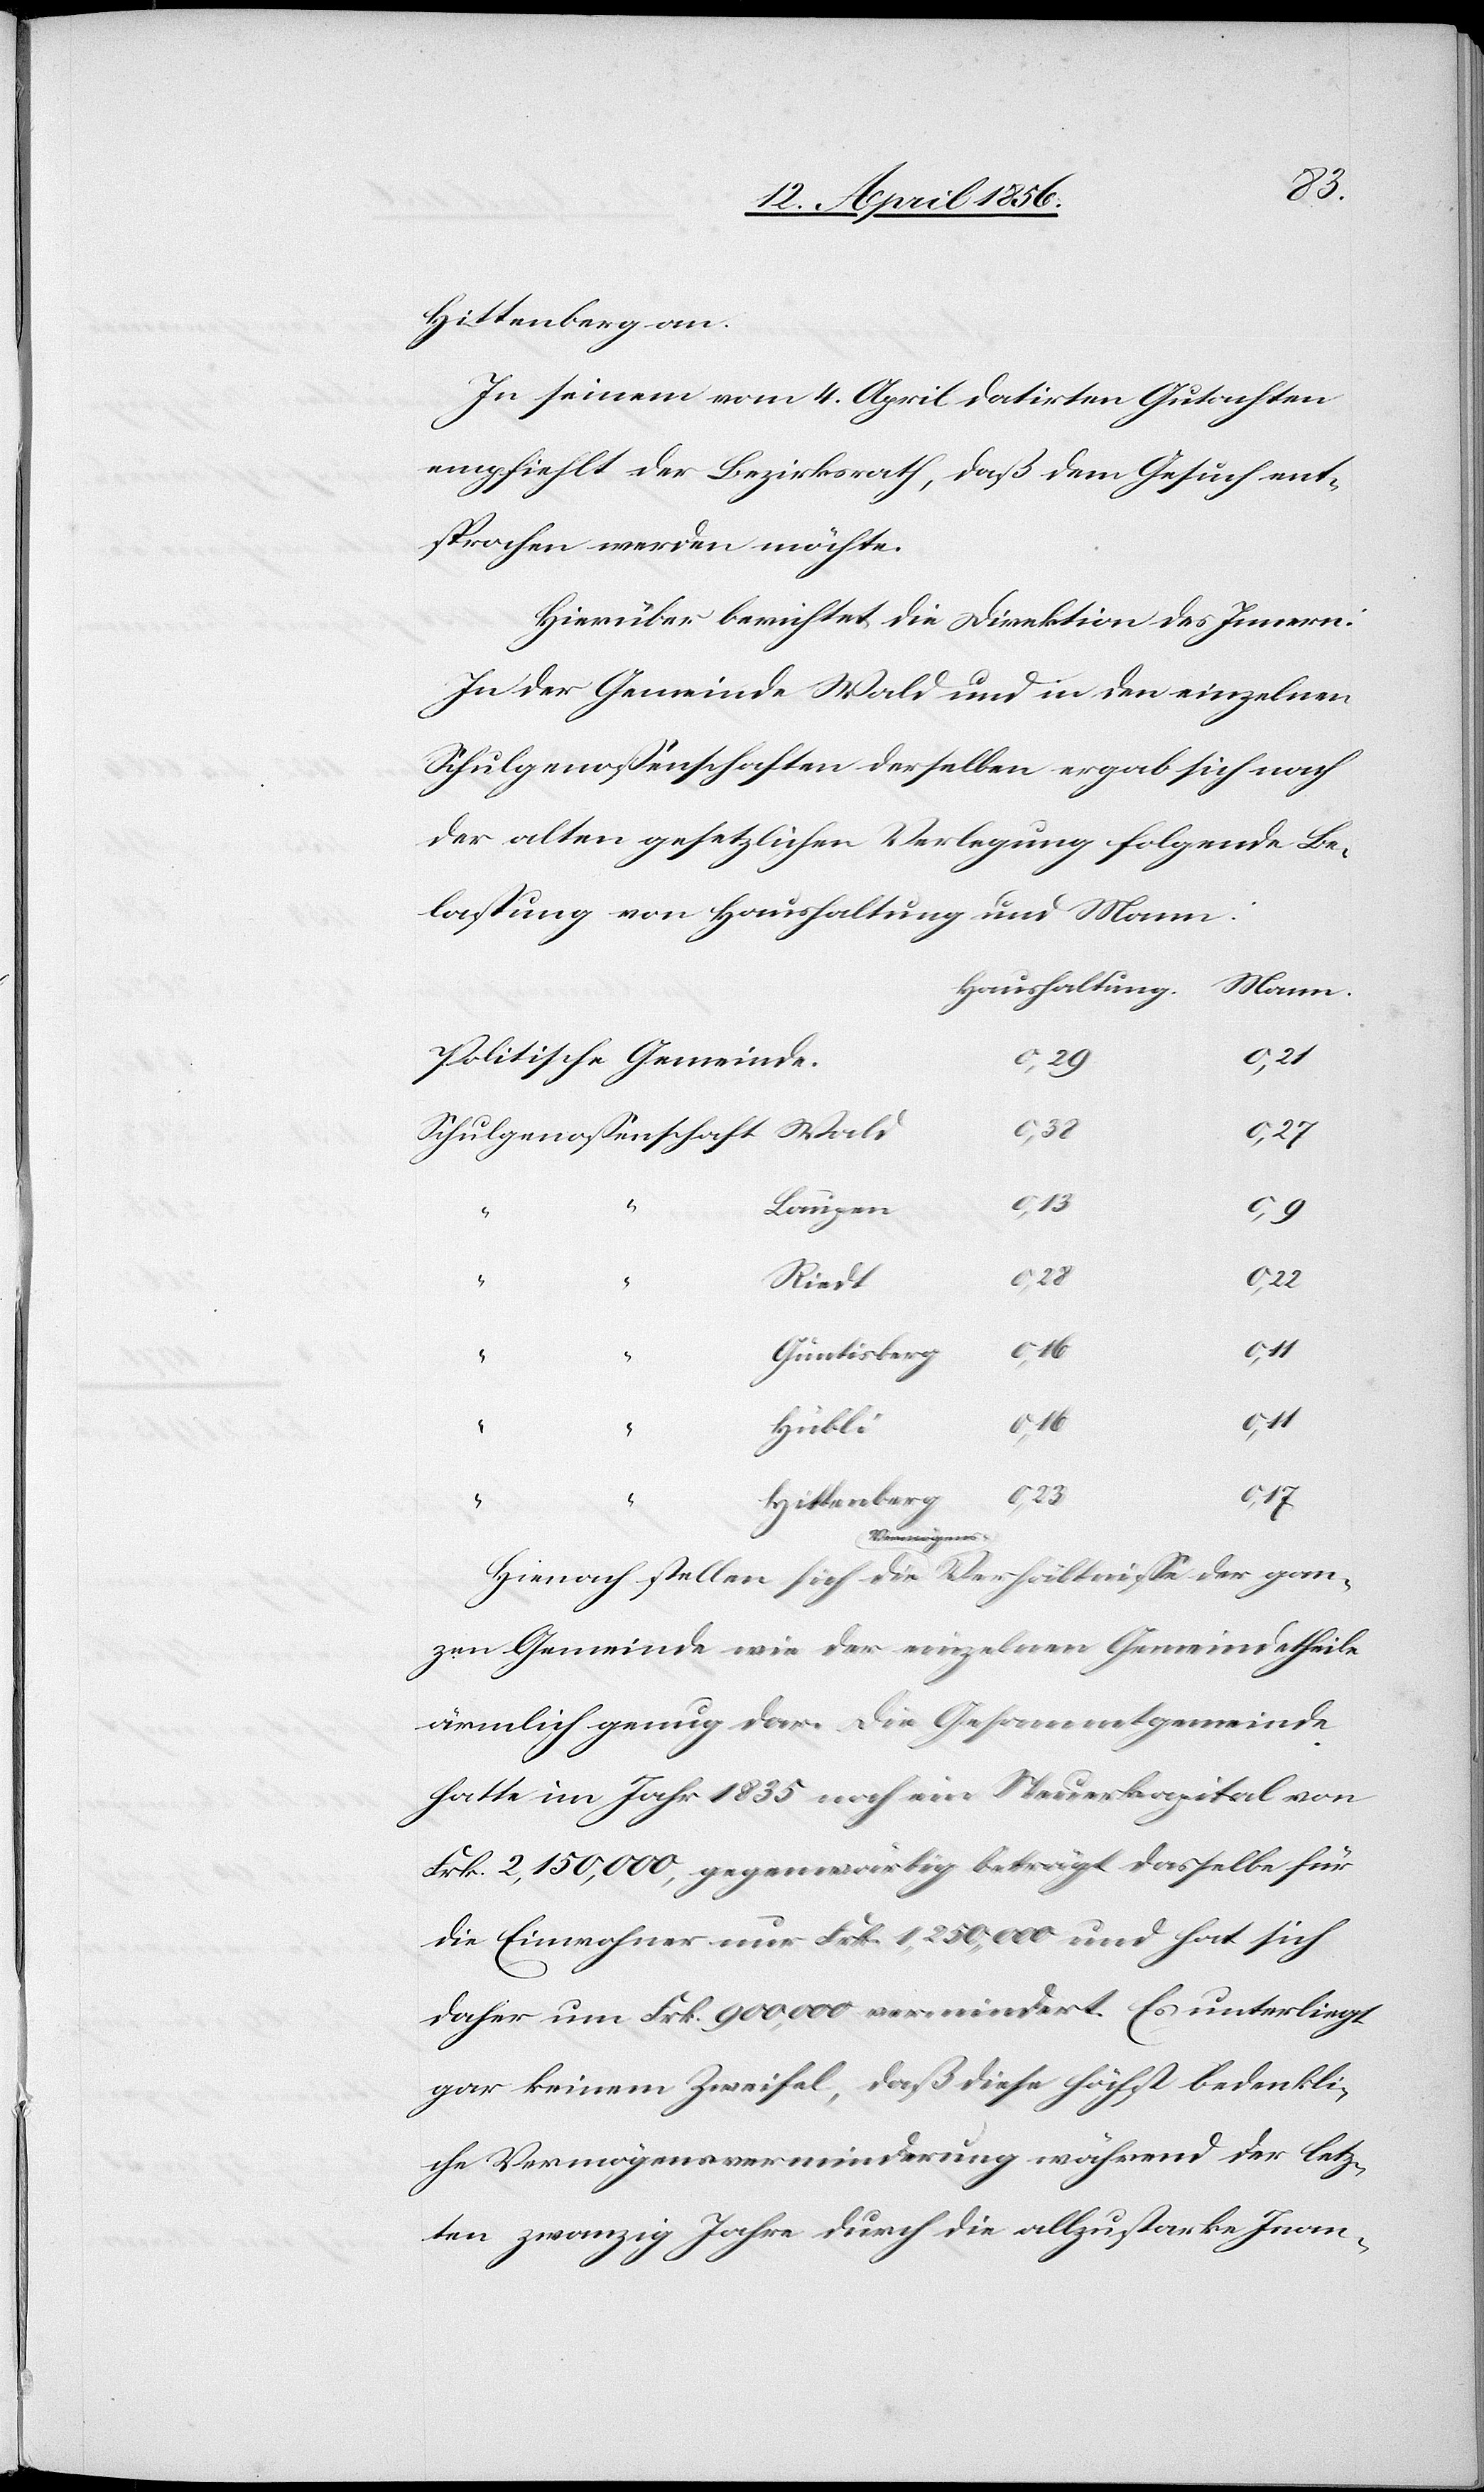
Hittenberg
In seinem vom 4. April datirten Gutachten
empfiehlt der Bezirksrath, daß dem Gesuch ent¬
sprochen werden möchte.
Hierüber berichtet die Direktion des Innern:
In der Gemeinde Wald und in den einzelnen
Schulgenossenschaften derselben ergab sich nach
der alten gesetzlichen Verlegung folgende Be¬
lastung von Haushaltung und Mann:
0,21
Politische Gemeinde.
0,38
Schulgenossenschaft
0,23
Laupen
Riedt
0,16
Güntisberg
0,17
Hübli
Hienach stellen sich die a-Vermögens--a Verhältnisse der gan¬
zen Gemeinde wie der einzelnen Gemeindetheile
ärmlich genug dar. Die Gesammtgemeinde
hatte im Jahr 1835 noch ein Steuerkapital von
Frk. 2,150,000, gegenwärtig beträgt dasselbe für
die Einwohner nur Frk. 1,250,000 und hat sich
daher um Frk. 900,000 vermindert. Es unterliegt
gar keinem Zweifel, daß diese höchst bedenkli¬
che Vermögensverminderung während der letz¬
ten zwanzig Jahre durch die allzustarke Inan-